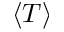
\langle T \rangle